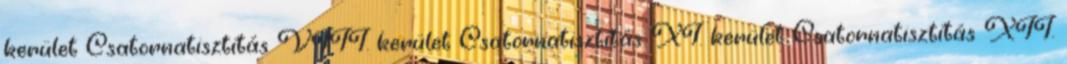
kerület Csatornatisztítás VIII. kerület Csatornatisztítás XI. kerület Csatornatisztítás XII.